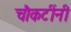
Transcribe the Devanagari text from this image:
चौकटींनी